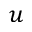
u